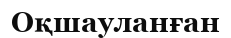
Оқшауланған